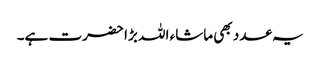
یہ عدد بھی ماشاء اللہ بڑا حضرت ہے۔